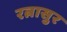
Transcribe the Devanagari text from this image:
रत्नासुर